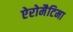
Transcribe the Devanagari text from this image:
ऐरोमैटिमा